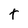
Character: t